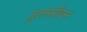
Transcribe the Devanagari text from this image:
तुलसीवन